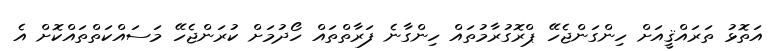
އަތޮޅު ތަރައްޤީއަށް ހިންގަންޖެހޭ ޕްރޮގުރާމުތައް ހިންގާނެ ފަރާތްތައް ހޯދުމަށް ކުރަންޖެހޭ މަސައްކަތްތައްކޮށް އެ